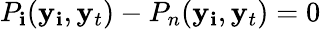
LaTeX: P_{\mathbf{i}}(\mathbf{y}_{\mathbf{i}},\mathbf{y}_{t})-P_{n}(\mathbf{y}_{\mathbf{i}},\mathbf{y}_{t})=0